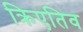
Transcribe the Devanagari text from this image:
क्रिएतिव